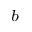
^ { b }